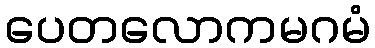
ပေတလောကမဂမံ